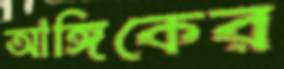
আঙ্গিকের